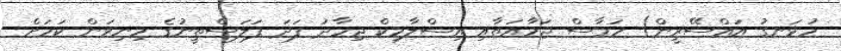
ހުޅަނގު އައްސޭރީން) ހަމާސް ޖަމާއަތާއި އިސްލާމިކް ޖިހާދު ފަދަ ފަލަސްތީނުގެ މިނިވަން ކަމަށް